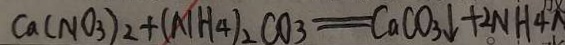
C a ( N O _ { 3 } ) _ { 2 } + ( N H _ { 4 } ) _ { 2 } C O _ { 3 } = C a C O _ { 3 } \downarrow + 2 N H _ { 4 }